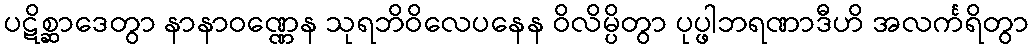
ပဋိစ္ဆာဒေတွာ နာနာဝဏ္ဏေန သုရဘိဝိလေပနေန ဝိလိမ္ပိတွာ ပုပ္ဖါဘရဏာဒီဟိ အလင်္ကရိတွာ